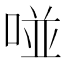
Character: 𠵔